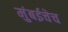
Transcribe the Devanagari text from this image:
मुंबईचेच